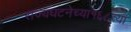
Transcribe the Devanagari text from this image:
राज्यघटनेच्या१६८व्या